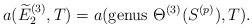
LaTeX: \begin{align*}a(\widetilde E_2^{(3)},T)=a(\mathrm{genus} \ \Theta^{(3)}(S^{(p)}),T).\end{align*}